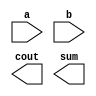
// Create a half adder. A half adder adds two bits (with no carry-in) and produces a sum and carry-out.

module top_module( 
    input a, b,
    output cout, sum );

    // Insert your code here

endmodule